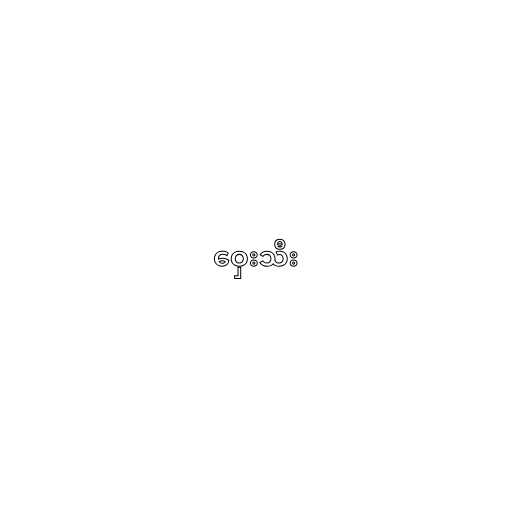
ဝှေးသီး